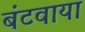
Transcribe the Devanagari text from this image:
बंटवाया